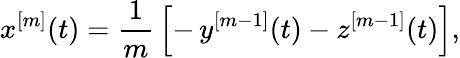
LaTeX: x^{[m]}(t)=\frac{1}{m}\, \left[-\, y^{[m-1]}(t)-z^{[m-1]}(t)\right],